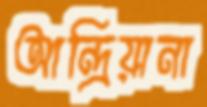
আন্দ্রিয়ানা